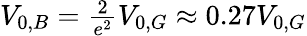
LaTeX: \begin{array}{r}{V_{0,B}=\frac{2}{e^{2}}V_{0,G}\approx 0.27V_{0,G}}\end{array}